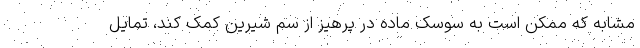
مشابه که ممکن است به سوسک ماده در پرهیز از سم شیرین کمک کند، تمایل